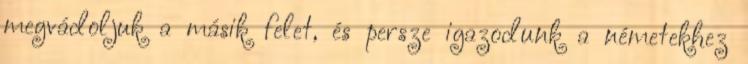
megvádoljuk a másik felet, és persze igazodunk a németekhez